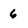
Character: 6